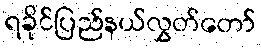
ရခိုင်ပြည်နယ်လွှတ်တော်